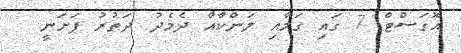
އޮގަސްޓް 7 ގައި ގަމާއި ލަންކާއާ ދެމެދު ދަތުރު ފަށަނީ